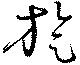
旋